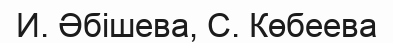
И. Әбішева, С. Көбеева